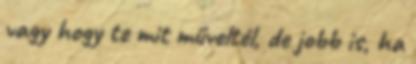
vagy hogy te mit műveltél, de jobb is, ha